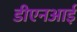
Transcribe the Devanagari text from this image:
डीएनआई